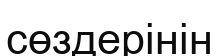
сөздерінін